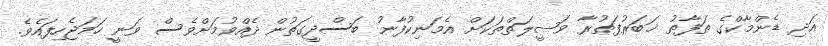
އަދި ޑެންމާކްގެ ތަފާތު ޚަބަރުފަތުރާ ވަޞީލަތްތަކަށް އެމަނިކުފާނު ބަސްދީގަތުން ދެއްވުމަށްވެސް ވަނީ ހަމަޖެހިފައެވެ.